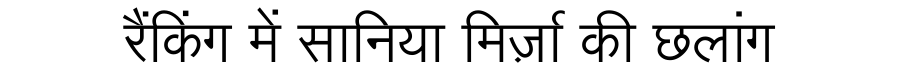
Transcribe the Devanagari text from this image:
रैंकिंग में सानिया मिर्ज़ा की छलांग